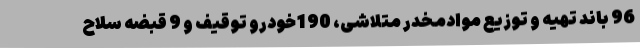
96 باند تهیه و توزیع موادمخدر متلاشی، 190خودرو توقیف و 9 قبضه سلاح